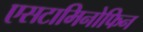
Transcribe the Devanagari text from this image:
एसटामिनोफिन